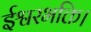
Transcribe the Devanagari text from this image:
ईश्वरभक्ति।